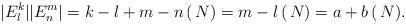
LaTeX: \begin{align*}|E_{l}^{k}||E^{m}_{n}|=k-l+m-n \,( \,N)=m-l \,(\, N)=a+b\, (\, N).\end{align*}